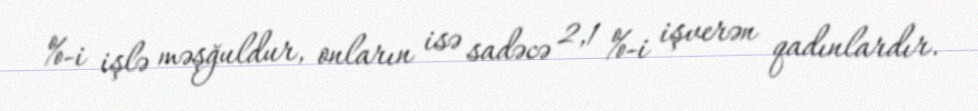
%-i işlə məşğuldur, onların isə sadəcə 2,1 %-i işverən qadınlardır.